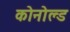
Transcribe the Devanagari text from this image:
कोनोल्ड